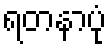
ရတနာပုံ